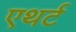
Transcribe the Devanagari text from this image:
एथर्ट